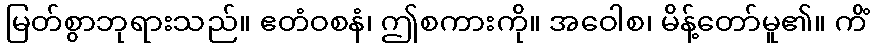
မြတ်စွာဘုရားသည်။ ဧတံဝစနံ၊ ဤစကားကို။ အဝေါစ၊ မိန့်တော်မူ၏။ ကိံ